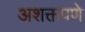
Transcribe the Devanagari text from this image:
अशक्तपणे